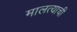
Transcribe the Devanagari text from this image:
मालत्याची